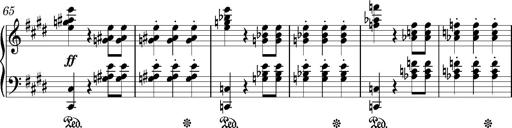
Title: Valses oubliÃ©es
Composer: Franz Liszt